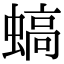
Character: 𧎸